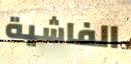
الفاشية